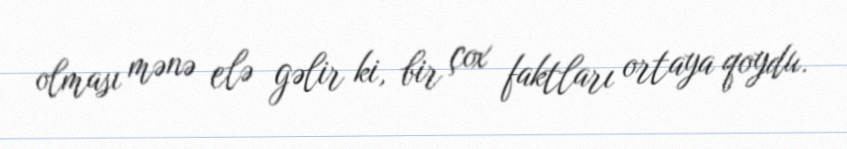
olması mənə elə gəlir ki, bir çox faktları ortaya qoydu.